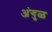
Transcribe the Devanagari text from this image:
अंगुळ